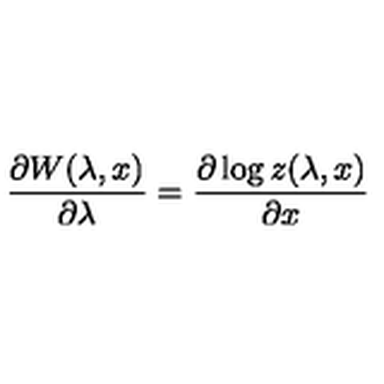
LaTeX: \frac { \partial W ( \lambda , x ) } { \partial \lambda } = \frac { \partial \log z ( \lambda , x ) } { \partial x }